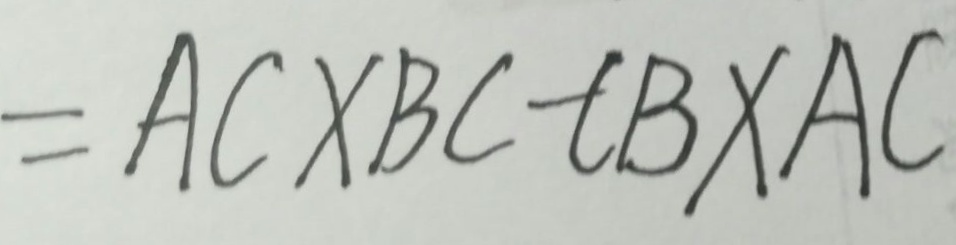
= A C \times B C - C B \times A C